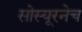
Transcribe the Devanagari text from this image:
सोस्यूरनेच